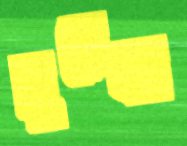
সুরেকা